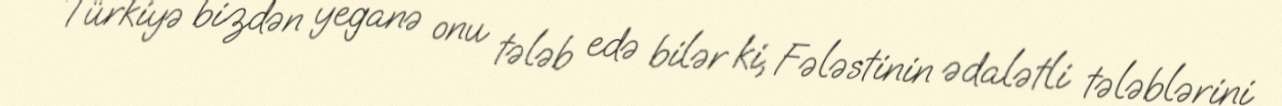
Türkiyə bizdən yeganə onu tələb edə bilər ki, Fələstinin ədalətli tələblərini